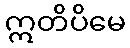
ဣတိပိမေ